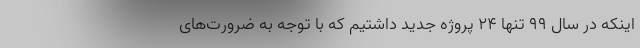
اینکه در سال ۹۹ تنها ۲۴ پروژه جدید داشتیم که با توجه به ضرورت‌های